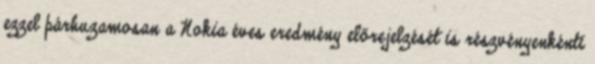
ezzel párhuzamosan a Nokia éves eredmény előrejelzését is részvényenkénti